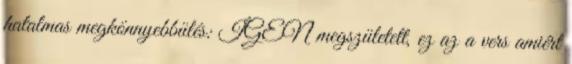
hatalmas megkönnyebbülés: IGEN megszületett, ez az a vers amiért